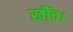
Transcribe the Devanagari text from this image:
खींच।